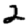
Digit: 2